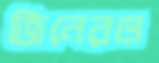
জিনেরও